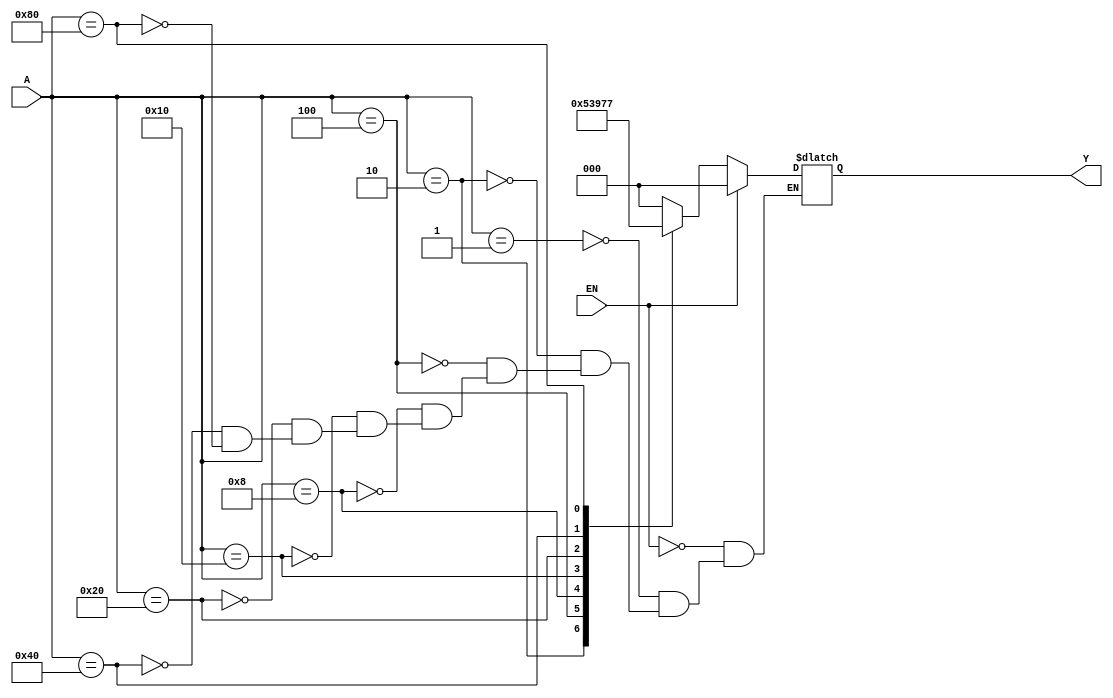
module encoder(Y,A,EN);
  input [7:0] A;
input EN;
output reg [2:0] Y;
  always@(*)
begin
  if(EN)
Y<=1'b0;
else
  case(A)
8'b00000001:Y<=3'b000;
8'b00000010:Y<=3'b001;
8'b00000100:Y<=3'b010;
8'b00001000:Y<=3'b011;
8'b00010000:Y<=3'b100;
8'b00100000:Y<=3'b101;
8'b01000000:Y<=3'b110;
8'b10000000:Y<=3'b111;
endcase
end
endmodule